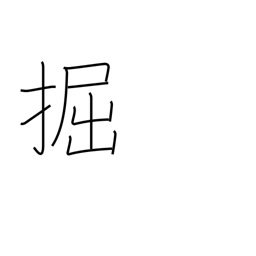
Meaning: dig